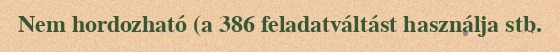
Nem hordozható (a 386 feladatváltást használja stb.